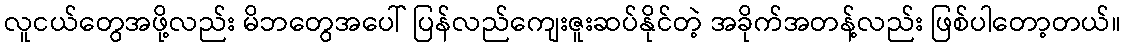
လူငယ်တွေအဖို့လည်း မိဘတွေအပေါ် ပြန်လည်ကျေးဇူးဆပ်နိုင်တဲ့ အခိုက်အတန့်လည်း ဖြစ်ပါတော့တယ်။